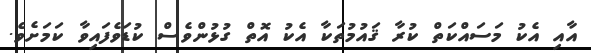
އާއި އެކު މަސައްކަތް ކުރާ ޤައުމުތަކާ އެކު އޮތް ގުޅުންވެސް ކުޑަވެފައިވާ ކަމަށެވެ.